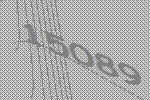
15089